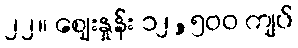
၂၂။ ဈေးနှုန်း ၁၂,၅၀၀ ကျပ်